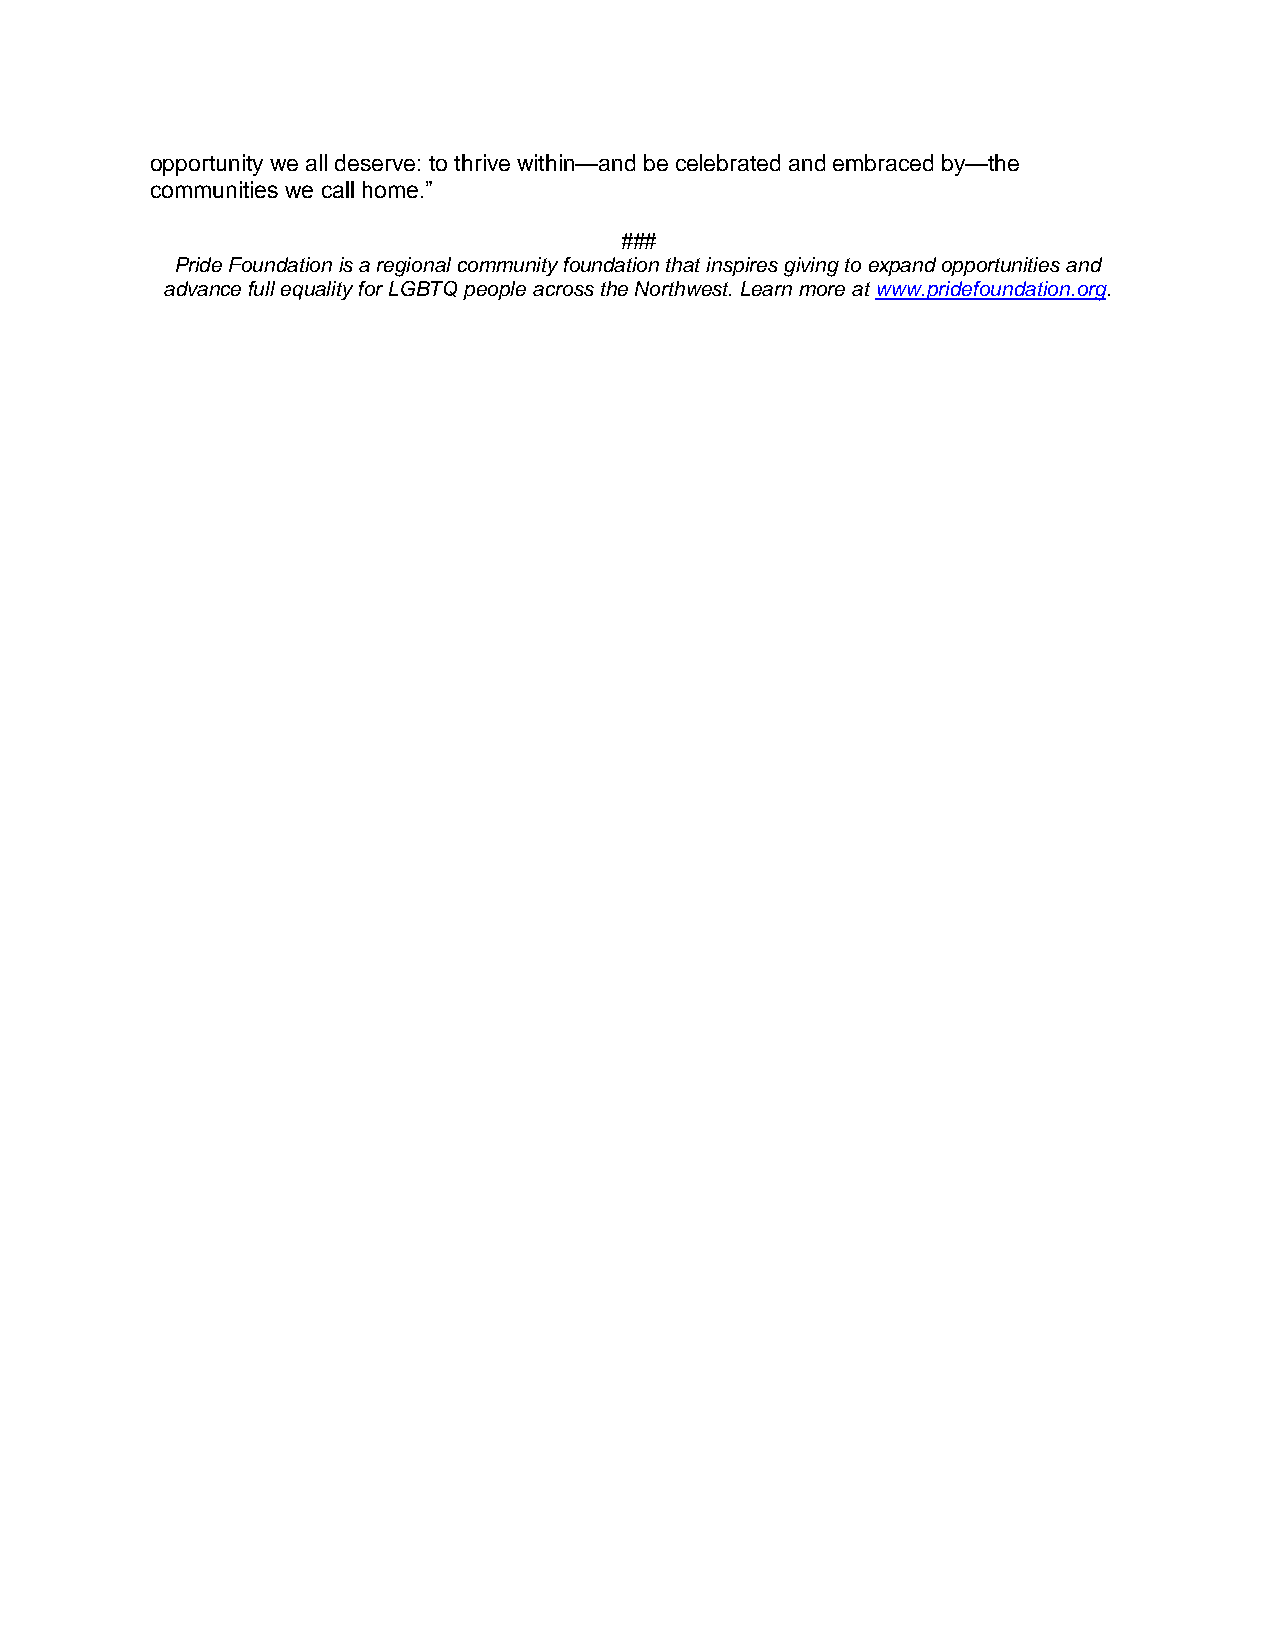
opportunity we all deserve: to thrive within—and be celebrated and embraced by—the
 communities we call home.”
 ###
 Pride Foundation is a regional community foundation that inspires giving to expand opportunities and
 advance full equality for LGBTQ people across the Northwest. Learn more at www.pridefoundation.org.